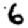
Digit: 6